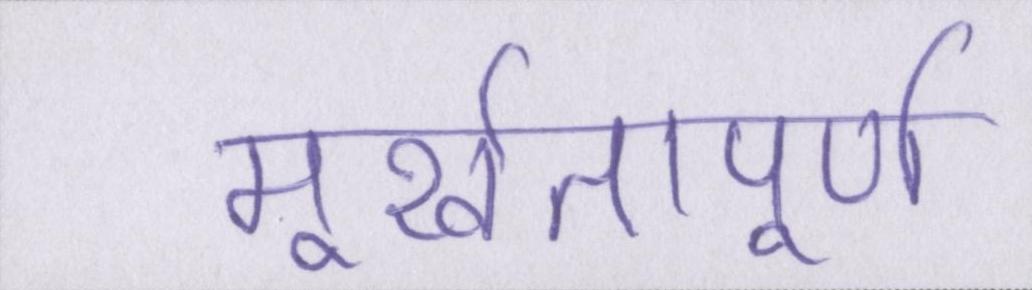
मूर्खतापूर्ण